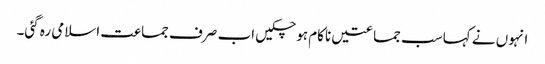
انہوں نے کہا سب جماعتیں ناکام ہو چکیں اب صرف جماعت اسلامی رہ گئی۔